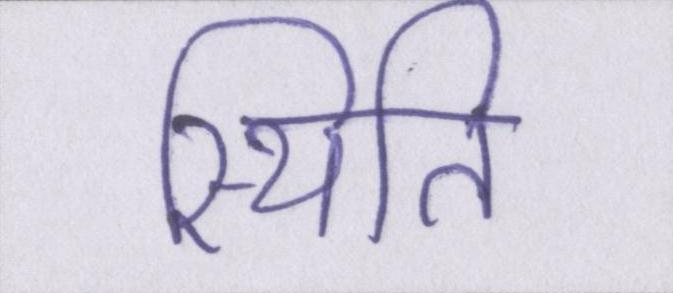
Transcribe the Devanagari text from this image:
स्थिति